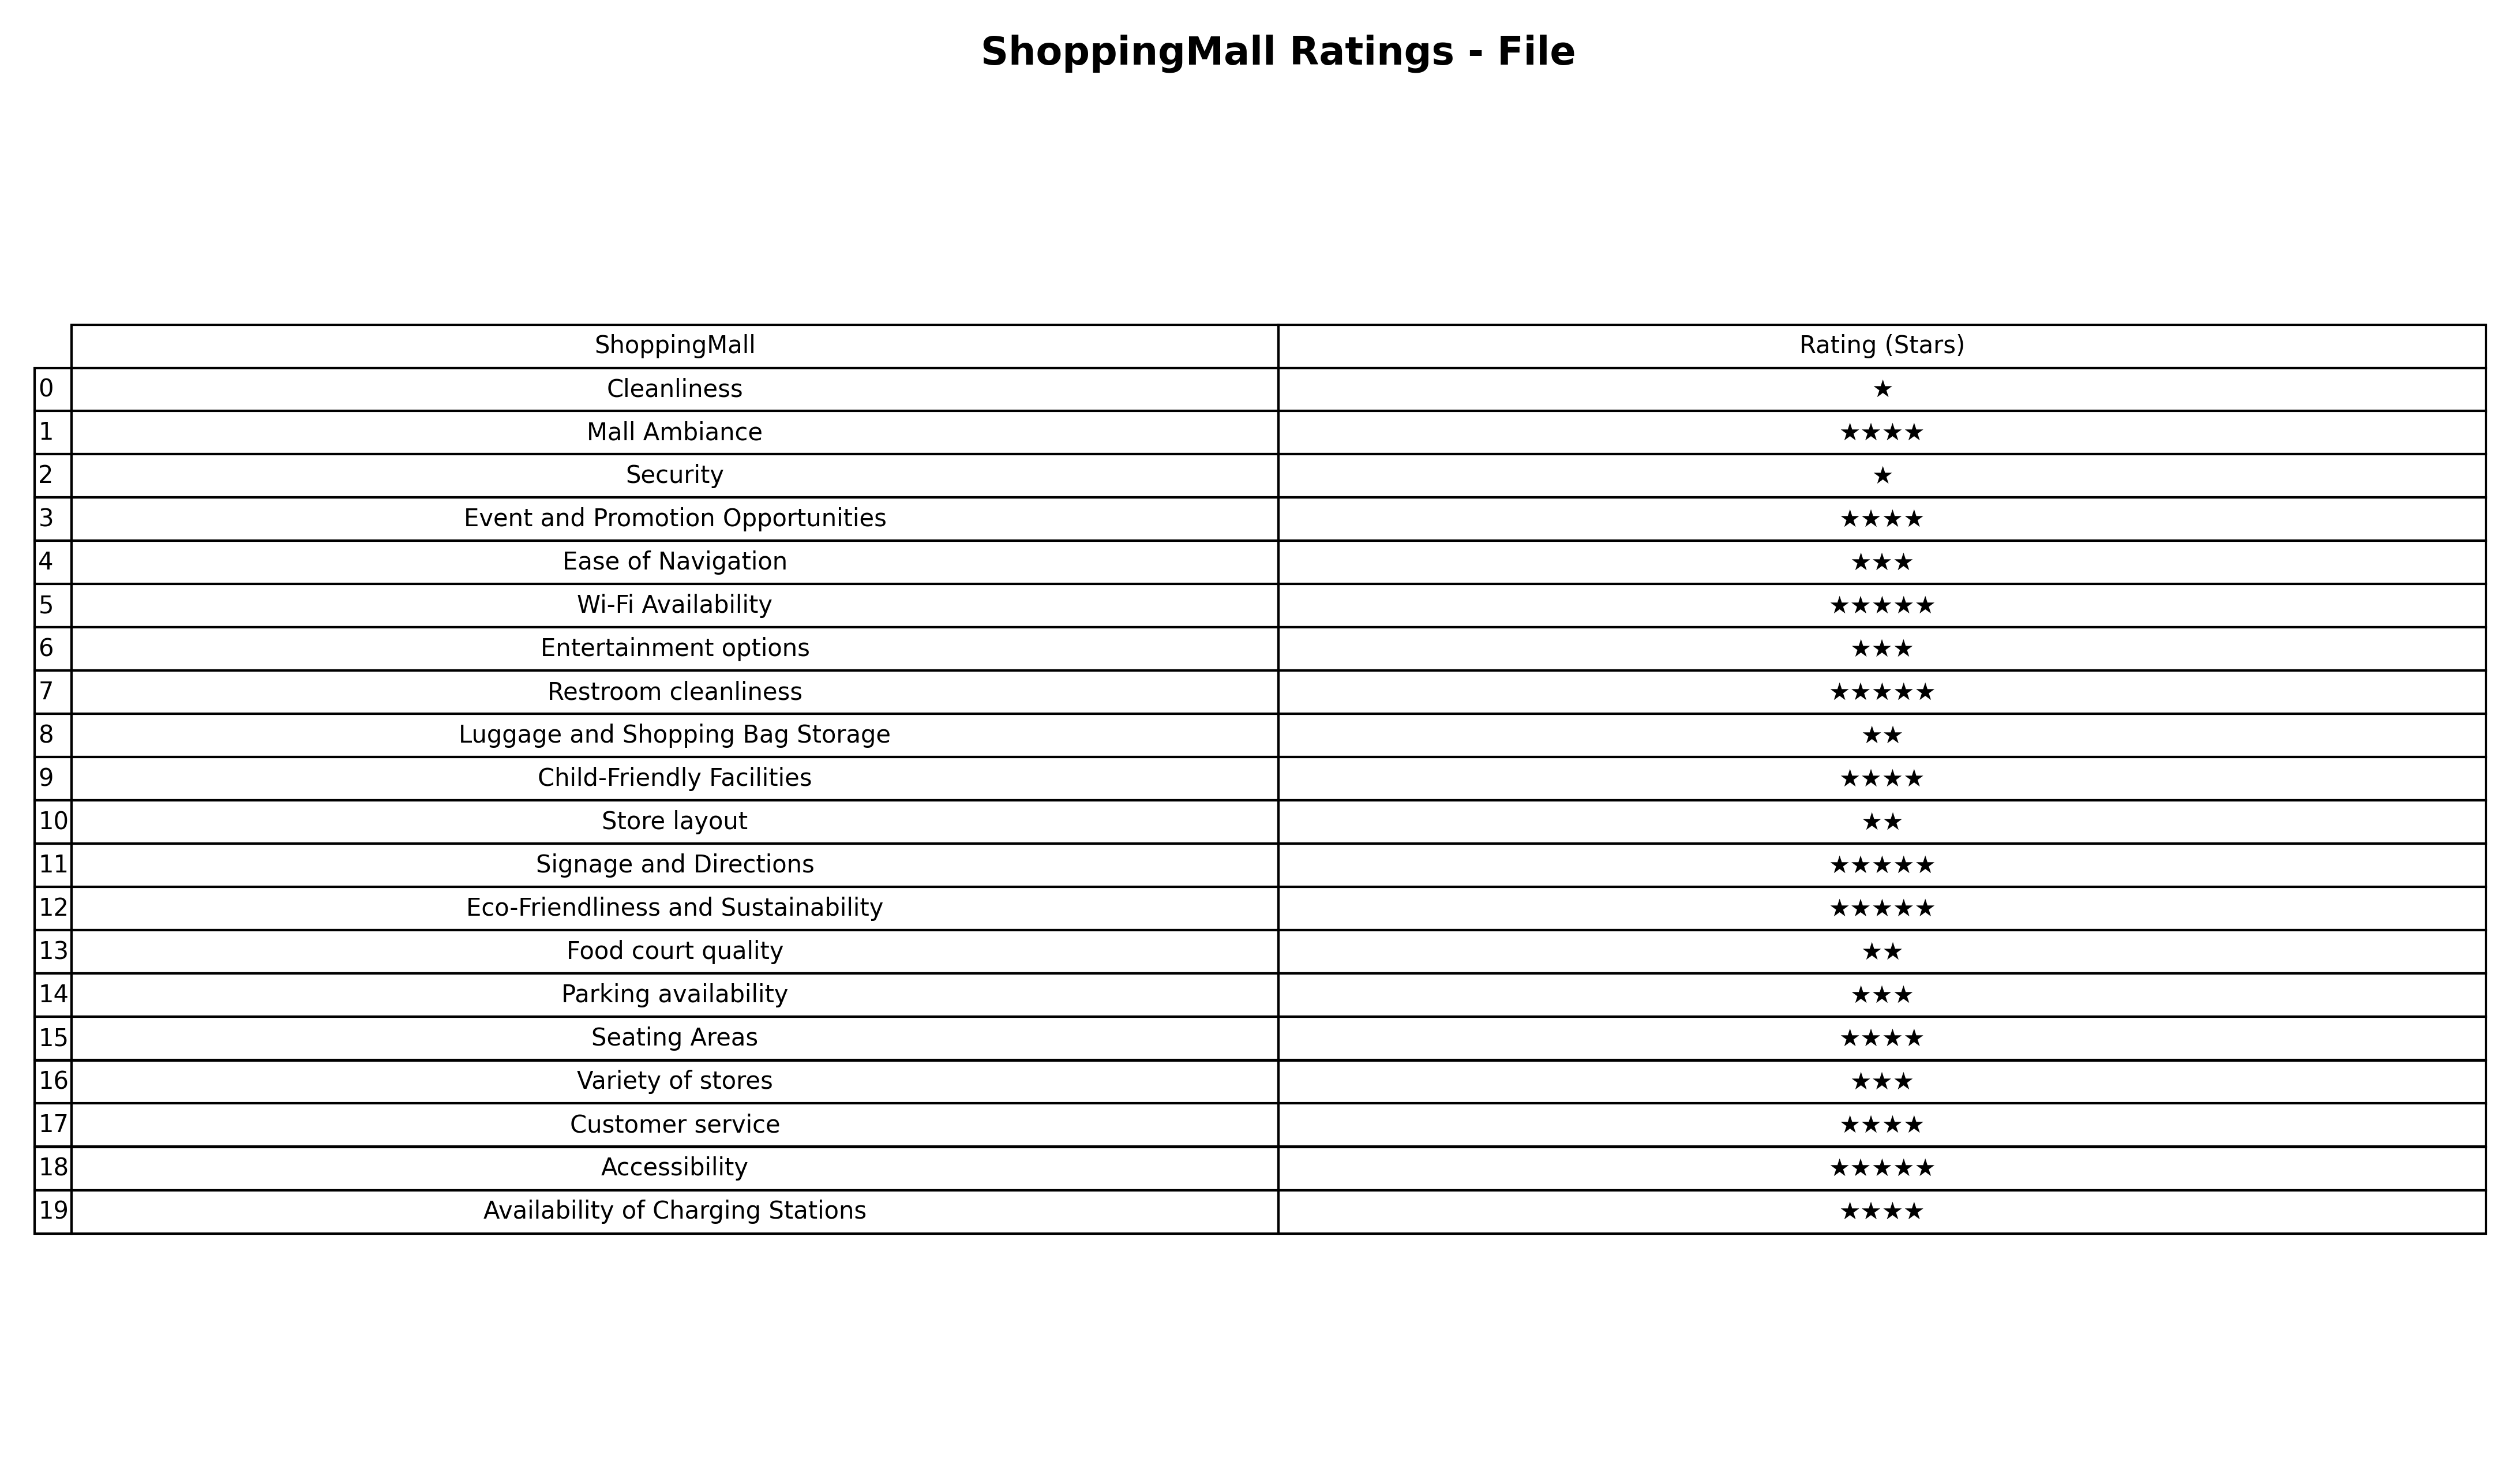
question: What are one star services?
answer: CleanlinessSecurity